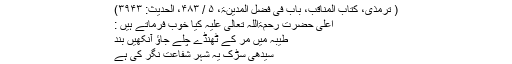
( ترمذی، کتاب المناقب، باب فی فضل المدینۃ، ۵ / ۴۸۳، الحدیث: ۳۹۴۳)
اعلیٰ حضرت رَحْمَۃُاللّٰہِ تَعَالٰی عَلَیْہِ کیا خوب فرماتے ہیں :
طیبہ میں مر کے ٹھنڈے چلے جاؤ آنکھیں بند
سیدھی سڑک یہ شہرِ شفاعت نگر کی ہے